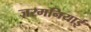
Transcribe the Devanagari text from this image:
जरमनियाई